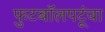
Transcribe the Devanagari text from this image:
फुटबॉलपटूंचा